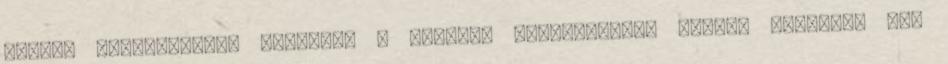
nagyon megszerettük egymást. : Címkék: gyöngyfűzés, medál, nyaklánc Már